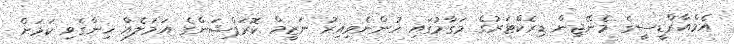
އެމްއާރްޑީސީގެ މެނޭޖިން ޑިރެކްޓަރުގެ މަގާމުގައި ހުންނެވިއިރު ނަޒީމް ކޮރަޕްޝަންގެ އަމަލެއް ހިންގެވި ކަމަށް